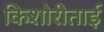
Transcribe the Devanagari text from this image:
किशोरीताई